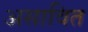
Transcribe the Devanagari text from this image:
असावित